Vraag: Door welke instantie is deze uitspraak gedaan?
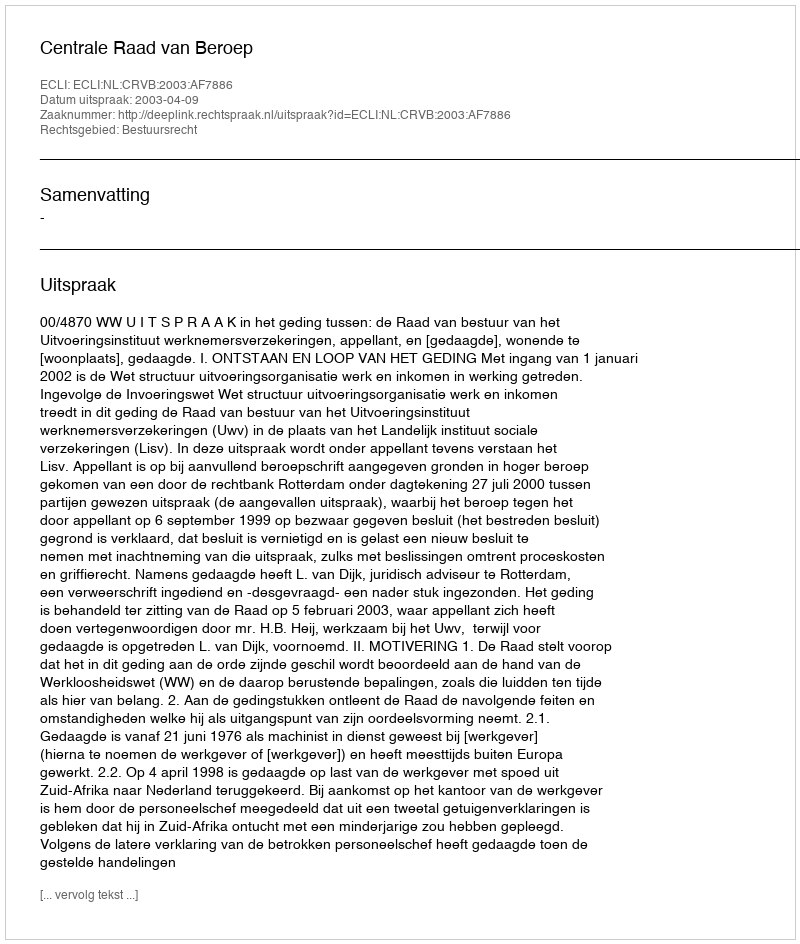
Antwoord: Centrale Raad van Beroep